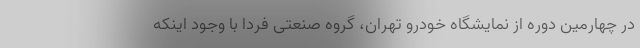
در چهارمین دوره از نمایشگاه خودرو تهران، گروه صنعتی فردا با وجود اینکه